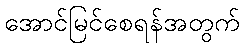
အောင်မြင်စေရန်အတွက်